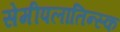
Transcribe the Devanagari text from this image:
सेमीपलातिन्स्क